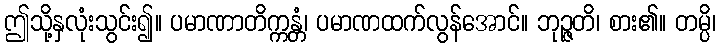
ဤသို့နှလုံးသွင်း၍။ ပမာဏာတိက္ကန္တံ၊ ပမာဏထက်လွန်အောင်။ ဘုဉ္ဇတိ၊ စား၏။ တမ္ပိ၊